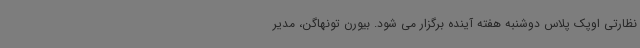
نظارتی اوپک پلاس دوشنبه هفته آینده برگزار می شود. بیورن تونهاگن، مدیر